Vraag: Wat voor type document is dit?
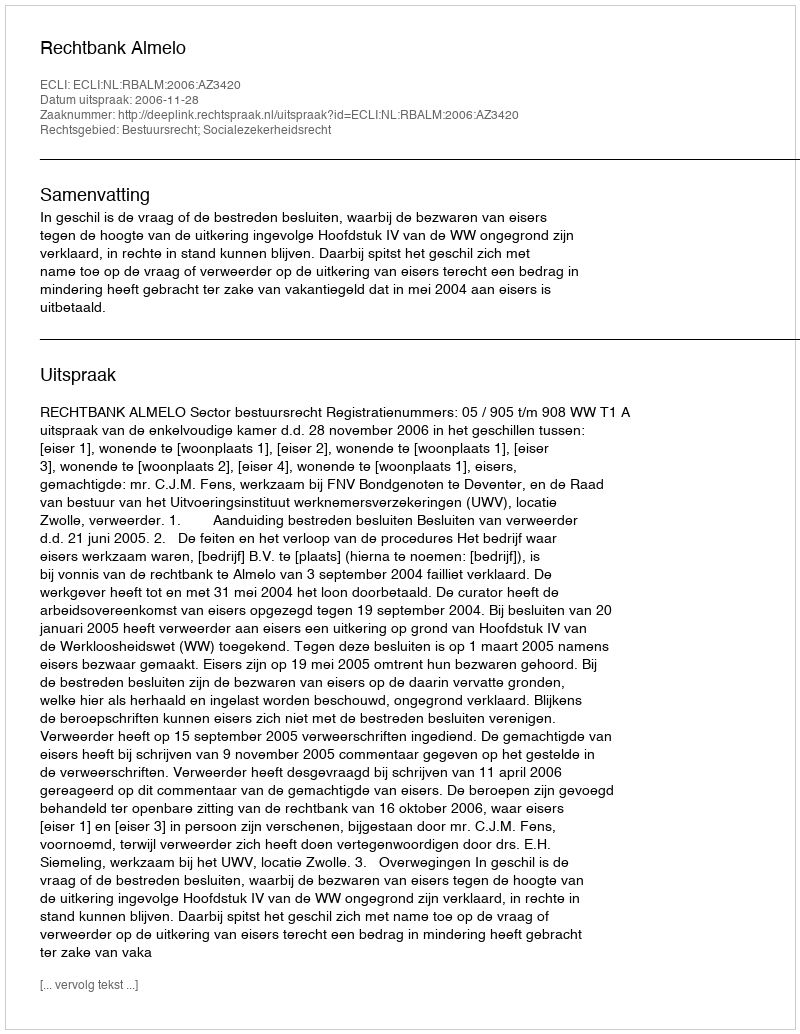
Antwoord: Uitspraak